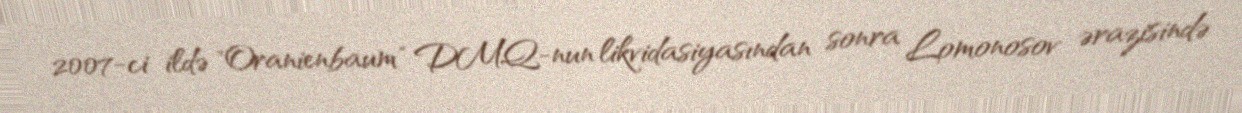
2007-ci ildə "Oranienbaum" DMQ-nun likvidasiyasından sonra Lomonosov ərazisində